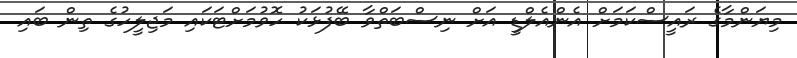
މިޔަންމާގެ ރައީސްކަމަށް އެންއެލްޑީ އަށް ނިސްބަތްވާ ބޭފުޅަކު ހޮވުމަށްޓަކައި މަޖިލީހުގެ ތިން ބައި